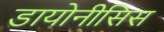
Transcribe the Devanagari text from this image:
डायोनीसिस